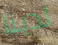
لدينا